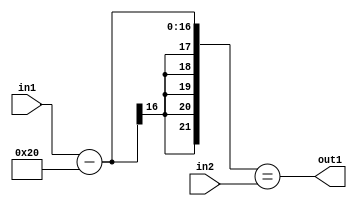
`timescale 1ps / 1ps
/*****************************************************************************
    Verilog RTL Description
    
    
    Created by: Stratus DpOpt 2019.1.01 
*******************************************************************************/

module st_weight_addr_gen_EqSubi32u16u16_1 (
	in2,
	in1,
	out1
	); /* architecture "behavioural" */ 
input [15:0] in2,
	in1;
output  out1;
wire  asc001;
wire [16:0] asc003;

assign asc003 = 
	+(in1)
	-(17'B00000000000100000);

assign asc001 = ({{5{asc003[16]}}, asc003}==in2);

assign out1 = asc001;
endmodule

/* CADENCE  uLDySAo= : u9/ySgnWtBlWxVPRXgAZ4Og= ** DO NOT EDIT THIS LINE ******/